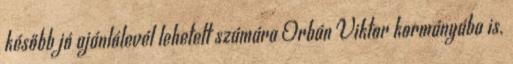
később jó ajánlólevél lehe­tett számára Orbán Viktor kormányába is.